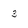
Character: 3